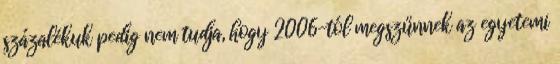
százalékuk pedig nem tudja, hogy 2006-tól megszűnnek az egyetemi